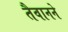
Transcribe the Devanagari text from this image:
तैवानने